Annual report of the Punjab Veterinary College and of the Civil Veterinary Department, Punjab - 1920-1925
Year: 1920
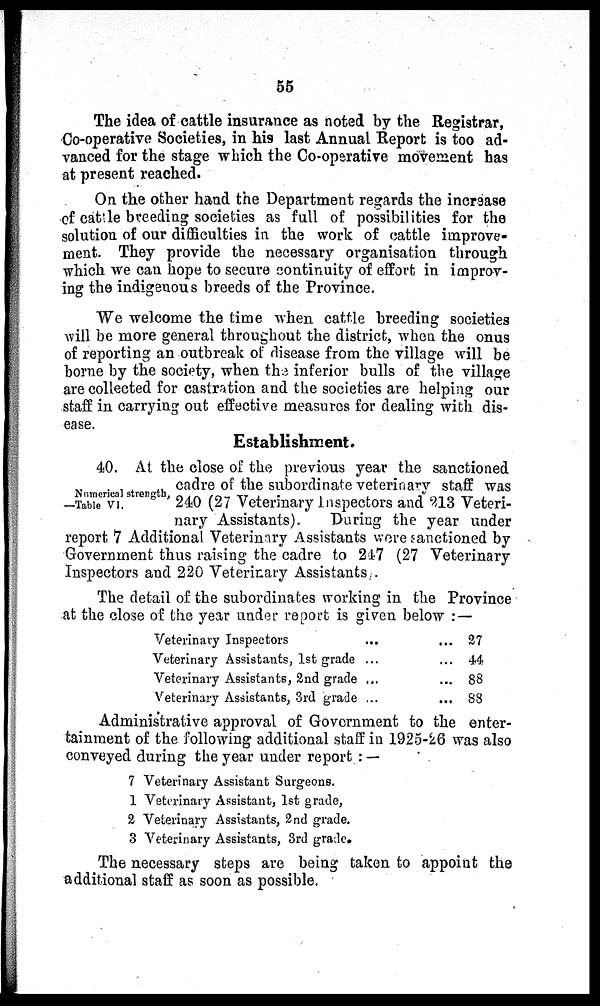
55
The idea of cattle insurance as noted by the Registrar,
Co-operative Societies, in his last Annual Report is too ad-
vanced for the stage which the Co-operative movement has
at present reached.
On the other hand the Department regards the increase
of cattle breeding societies as full of possibilities for the
solution of our difficulties in the work of cattle improve-
ment. They provide the necessary organisation through
which we can hope to secure continuity of effort in improv-
ing the indigenous breeds of the Province.
We welcome the time when cattle breeding societies
will be more general throughout the district, when the onus
of reporting an outbreak of disease from the village will be
borne by the society, when the inferior bulls of the village
are collected for castration and the societies are helping our
staff in carrying out effective measures for dealing with dis-
ease.
Establishment.
Numerical strength,
—Table VI.
40. At the close of the previous year the sanctioned
cadre of the subordinate veterinary staff was
240 (27 Veterinary Inspectors and 213 Veteri-
nary Assistants).
During the year under
report 7 Additional Veterinary Assistants were sanctioned by
Government thus raising the cadre to 247 (27 Veterinary
Inspectors and 220 Veterinary Assistants.
The detail of the subordinates working in the Province
at the close of the year under report is given below :—
Veterinary Inspectors ...
Veterinary Assistants, 1st grade ...
Veterinary Assistants, 2nd grade ...
Veterinary Assistants, 3rd grade ...
...
...
...
...
27
44
88
88
Administrative approval of Government to the enter-
tainment of the following additional staff in 1925-26 was also
conveyed during the year under report :—
7
1
2
3
Veterinary Assistant Surgeons.
Veterinary Assistant, 1st grade,
Veterinary Assistants, 2nd grade.
Veterinary Assistants, 3rd grade.
The necessary steps are being taken to appoint the
additional staff as soon as possible.